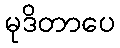
မုဒိတာပေ